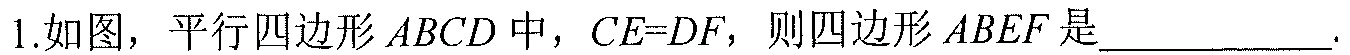
1.如图，平行四边形\(ABCD\)中，\(CE = DF\)，则四边形\(ABEF\)是\underline{\quad\quad}.